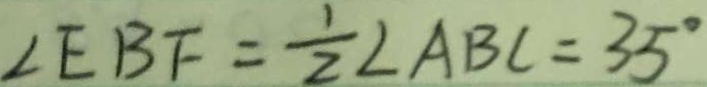
\angle E B F = \frac { 1 } { 2 } \angle A B C = 3 5 ^ { \circ }